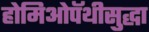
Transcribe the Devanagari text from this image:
होमिओपॅथीसुद्धा